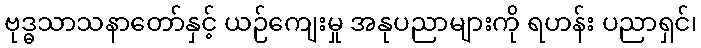
ဗုဒ္ဓသာသနာတော်နှင့် ယဉ်ကျေးမှု အနုပညာများကို ရဟန်း ပညာရှင်၊